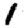
Digit: 1